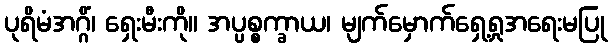
ပုရိမံအဂ္ဂိံ၊ ရှေးမီးကို။ အပ္ပစ္စက္ခာယ၊ မျက်မှောက်ရှေ့ရှုအရေးမပြု